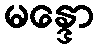
မန္ဒော